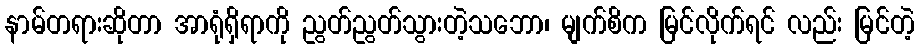
နာမ်တရားဆိုတာ အာရုံရှိရာကို ညွတ်ညွတ်သွားတဲ့သဘော၊ မျက်စိက မြင်လိုက်ရင် လည်း မြင်တဲ့